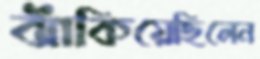
ঝাঁকিয়েছিলেন